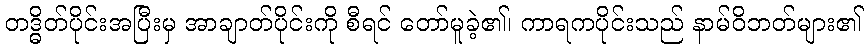
တဒ္ဓိတ်ပိုင်းအပြီးမှ အာချာတ်ပိုင်းကို စီရင် တော်မူခဲ့၏၊ ကာရကပိုင်းသည် နာမ်ဝိဘတ်များ၏